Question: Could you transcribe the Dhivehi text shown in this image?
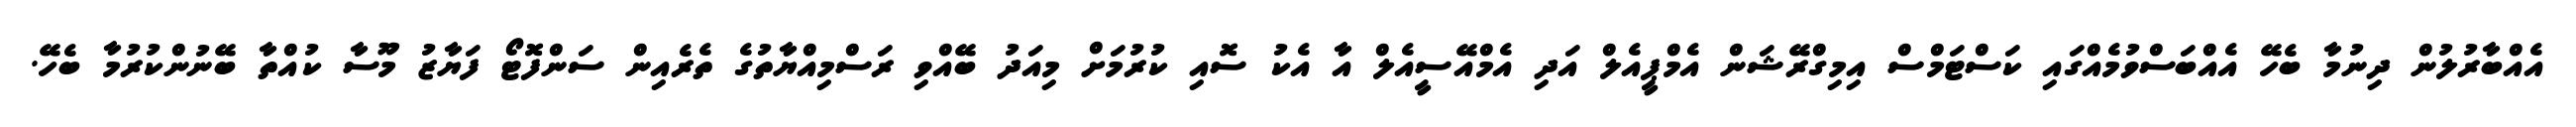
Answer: އެއްބާރުލުން ދިނުމާ ބެހޭ އެއްބަސްވުމެއްގައި ކަސްޓަމްސް އިމިގްރޭޝަން އެމްޕީއެލް އަދި އެމްއޭސީއެލް އާ އެކު ސޮއި ކުރުމަށް މިއަދު ބޭއްވި ރަސްމިއްޔާތުގެ ތެރެއިން ސަންފޮޓޯ ފަޔާޒު މޫސާ ކުއްތާ ބޭނުންކުރުމާ ބެހޭ.